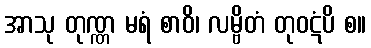
အာသု တုဏ္ဏ မရံ စာဝိ၊ လမ္ဗိတံ တုဝဋံပိ စ။